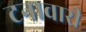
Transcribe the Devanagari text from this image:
टनावारी